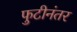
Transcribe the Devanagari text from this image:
फुटीनंतर